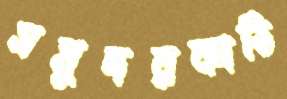
সমুদরকাঠি